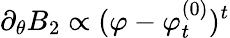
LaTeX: \partial_{\theta}B_{2}\propto(\varphi-\varphi_{t}^{(0)})^{t}